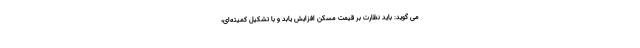
می گوید: باید نظارت بر قیمت مسکن افزایش یابد و با تشکیل کمیته‌ای،